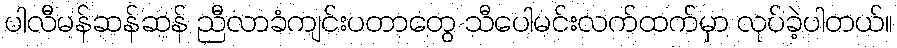
ပါလီမန်ဆန်ဆန် ညီလာခံကျင်းပတာတွေ သီပေါမင်းလက်ထက်မှာ လုပ်ခဲ့ပါတယ်။